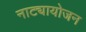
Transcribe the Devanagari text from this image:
नाट्यायोजन